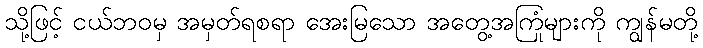
သို့ဖြင့် ငယ်ဘဝမှ အမှတ်ရစရာ အေးမြသော အတွေ့အကြုံများကို ကျွန်မတို့